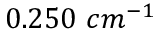
0 . 2 5 0 \ c m ^ { - 1 }